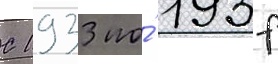
С 1933 по́ 1937